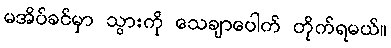
မအိပ်ခင်မှာ သွားကို သေချာပေါက် တိုက်ရမယ်။